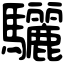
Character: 驪